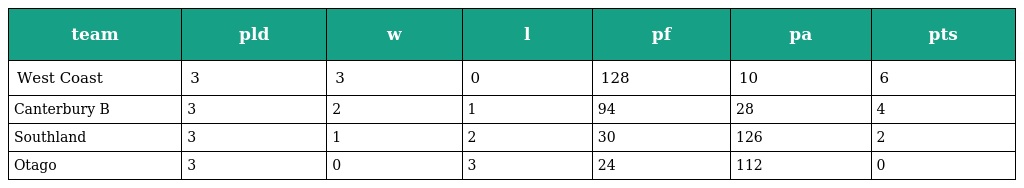
| team | pld | w | l | pf | pa | pts |
 | --- | --- | --- | --- | --- | --- | --- |
 | West Coast | 3 | 3 | 0 | 128 | 10 | 6 |
 | Canterbury B | 3 | 2 | 1 | 94 | 28 | 4 |
 | Southland | 3 | 1 | 2 | 30 | 126 | 2 |
 | Otago | 3 | 0 | 3 | 24 | 112 | 0 |